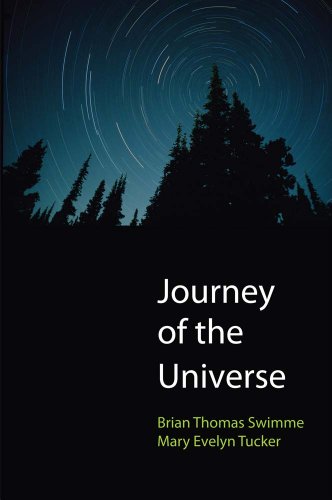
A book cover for Journey of the Universe; Brian Thomas Swimme; Science & Math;